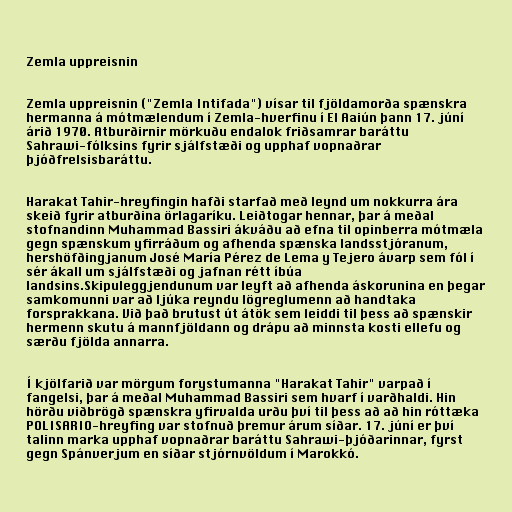
Zemla uppreisnin

Zemla uppreisnin ("Zemla Intifada") vísar til fjöldamorða spænskra
hermanna á mótmælendum í Zemla-hverfinu í El Aaiún þann 17. júní
árið 1970. Atburðirnir mörkuðu endalok friðsamrar baráttu
Sahrawi-fólksins fyrir sjálfstæði og upphaf vopnaðrar
þjóðfrelsisbaráttu.

Harakat Tahir-hreyfingin hafði starfað með leynd um nokkurra ára
skeið fyrir atburðina örlagaríku. Leiðtogar hennar, þar á meðal
stofnandinn Muhammad Bassiri ákváðu að efna til opinberra mótmæla
gegn spænskum yfirráðum og afhenda spænska landsstjóranum,
hershöfðingjanum José María Pérez de Lema y Tejero ávarp sem fól í
sér ákall um sjálfstæði og jafnan rétt íbúa
landsins.Skipuleggjendunum var leyft að afhenda áskorunina en þegar
samkomunni var að ljúka reyndu lögreglumenn að handtaka
forsprakkana. Við það brutust út átök sem leiddi til þess að spænskir
hermenn skutu á mannfjöldann og drápu að minnsta kosti ellefu og
særðu fjölda annarra.

Í kjölfarið var mörgum forystumanna "Harakat Tahir" varpað í
fangelsi, þar á meðal Muhammad Bassiri sem hvarf í varðhaldi. Hin
hörðu viðbrögð spænskra yfirvalda urðu því til þess að að hin róttæka
POLISARIO-hreyfing var stofnuð þremur árum síðar. 17. júní er því
talinn marka upphaf vopnaðrar baráttu Sahrawi-þjóðarinnar, fyrst
gegn Spánverjum en síðar stjórnvöldum í Marokkó.